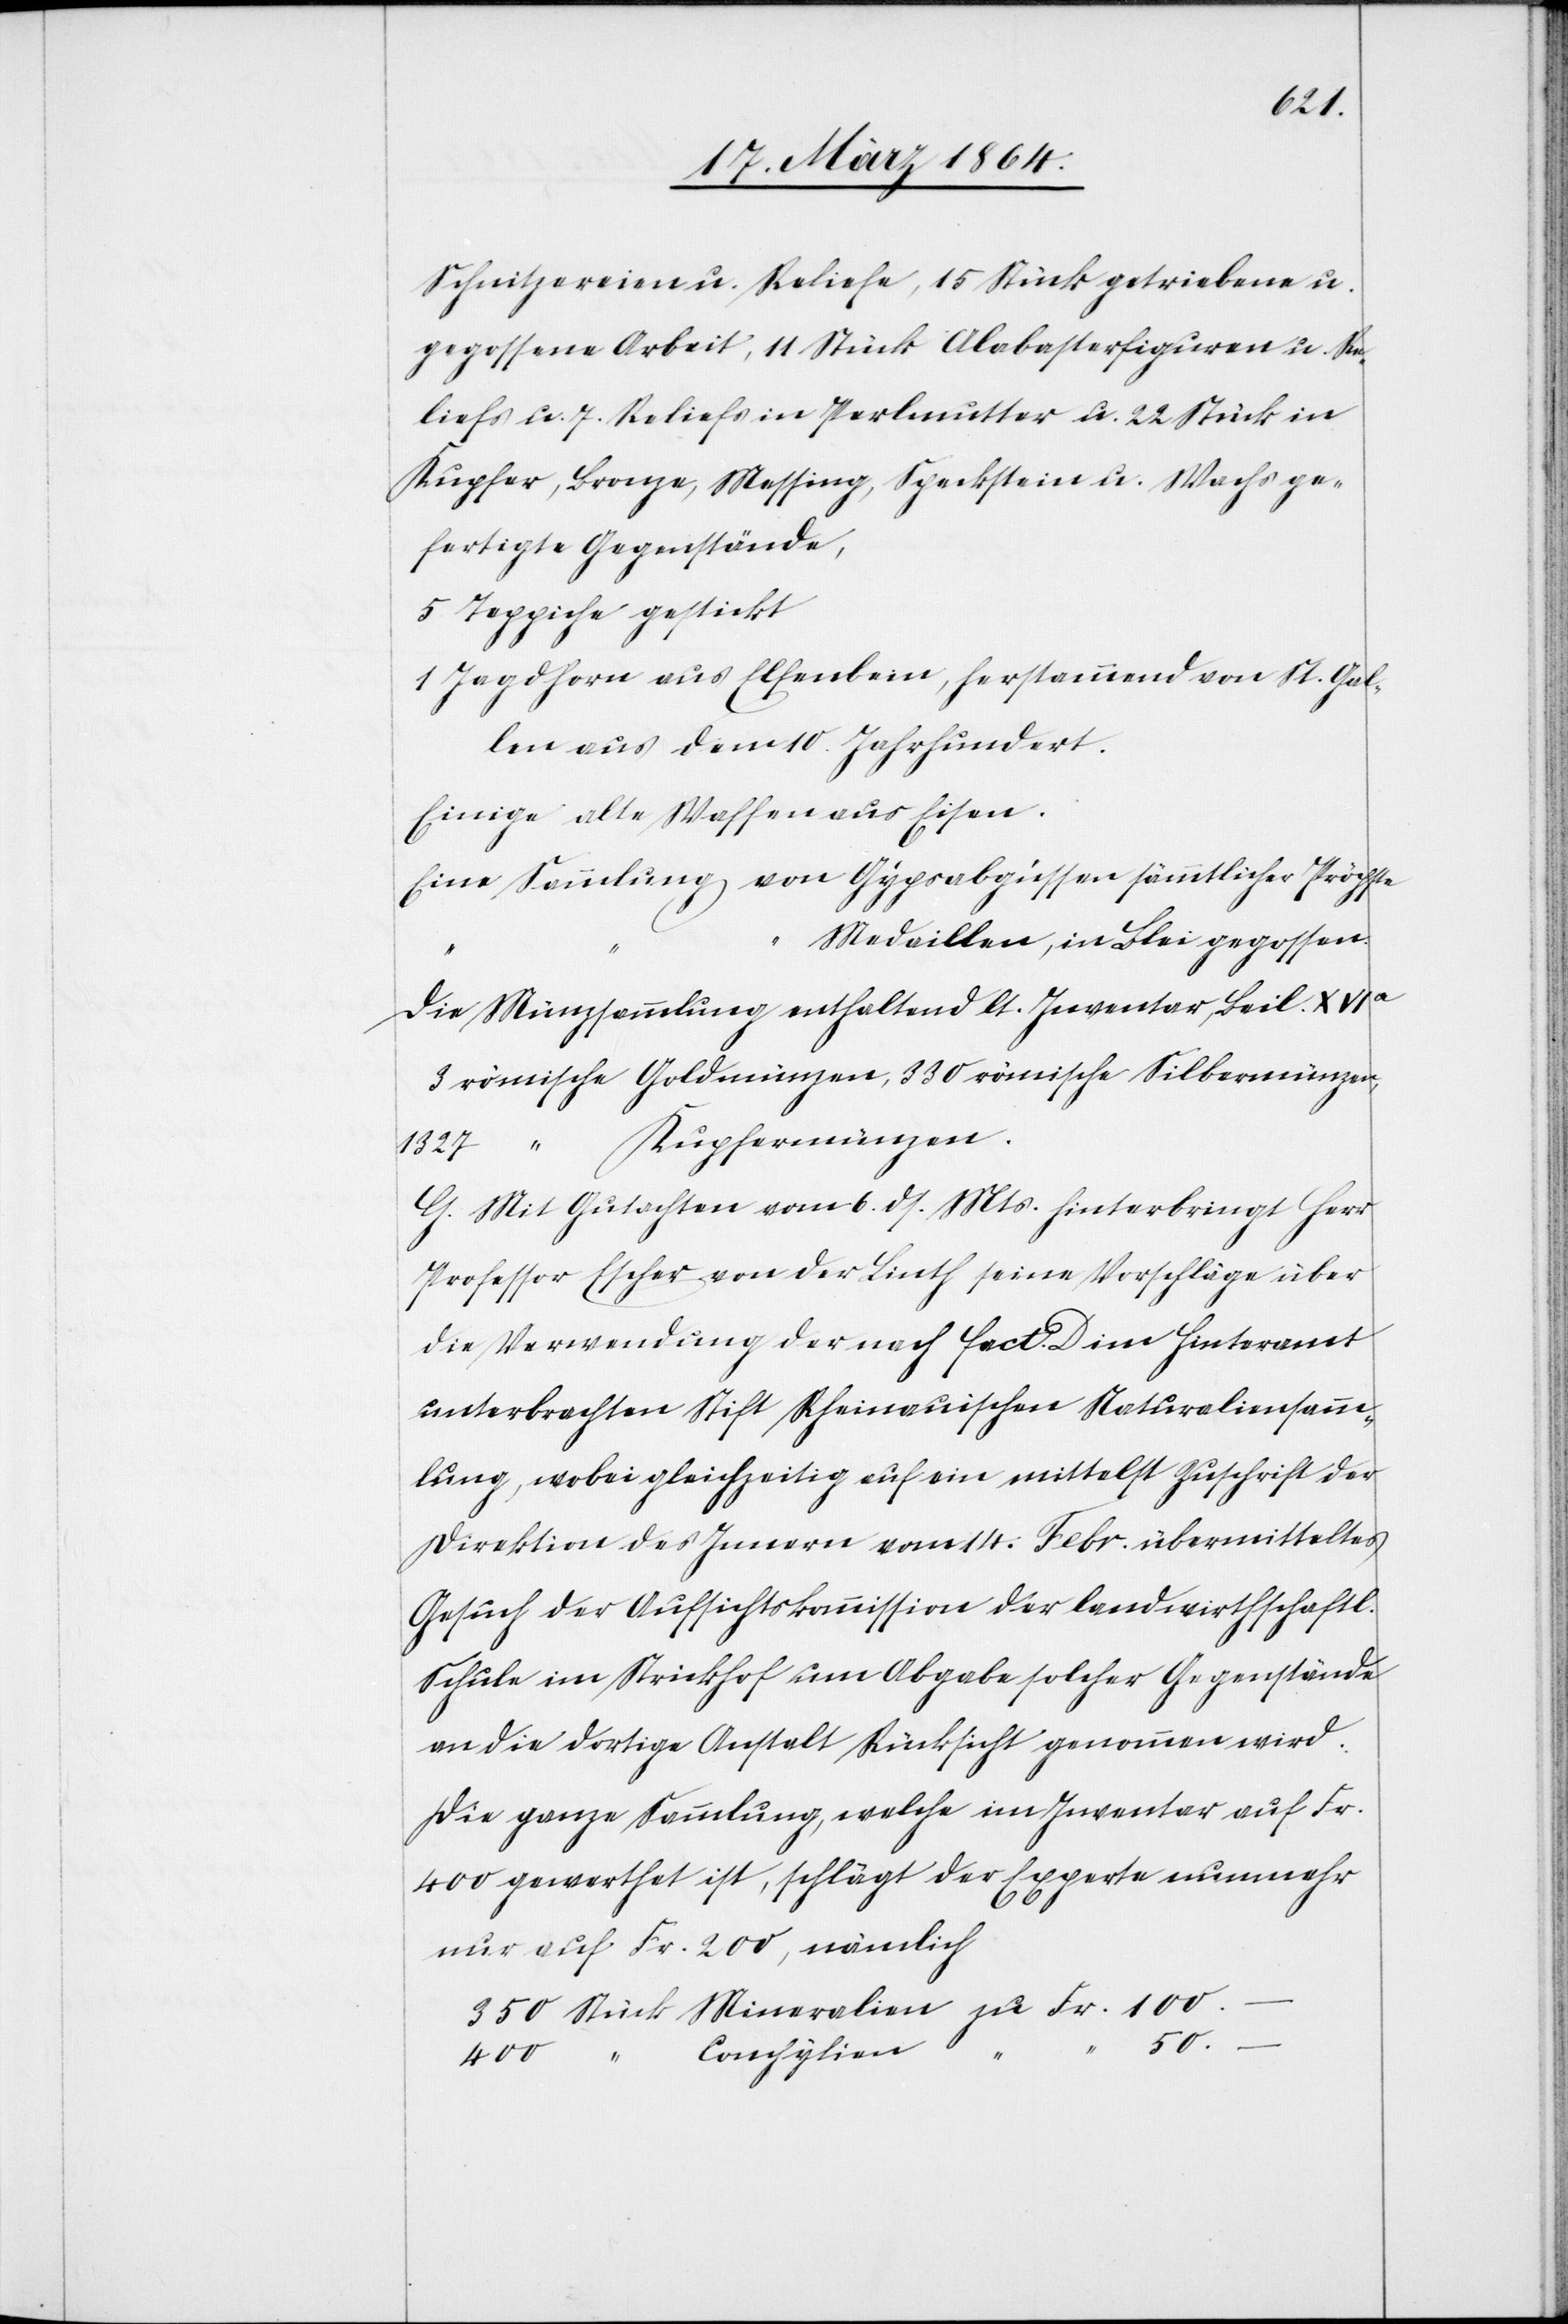
100.–
Schnitzereien u. Reliefe, 15 Stück getriebene u.
gegossene Arbeit, 11 Stück Alabasterfiguren u. Re¬
liefs u. 7. Reliefs in Perlmutter u. 22 Stück in
Kupfer, Bronze, Messing, Speckstein u. Wachs ge¬
fertigte Gegenstände,
5 Teppiche gestickt
1 Jagdhorn aus Elfenbein, herstammend von St. Gal¬
len aus dem 10. Jahrhundert.
Einige alte Waffen aus Eisen.
Eine Sammlung von Gypsabgüssen sämmtlicher Pröpste
Medaillen, in Blei gegossen.
Die Münzsammlung enthaltend lt. Inventar, Beil. XVIa
3 römische Goldmünzen, 330 römische Silbermünzen,
“ Kupfermünzen.
1327
G. Mit Gutachten vom 6. ds. Mts. hinterbringt Herr
Professor Escher von der Linth seine Vorschläge über
die Verwendung der nach fact. D. im Hinteramt
unterbrachten Stift Rheinauischen Naturaliensamm¬
lung, wobei gleichzeitig auf ein mittelst Zuschrift der
Direktion des Innern vom 14. Febr. übermitteltes
Gesuch der Aufsichtskommission der landwirthschaftl.
Schule im Strickhof um Abgabe solcher Gegenstände
an die dortige Anstalt Rücksicht genommen wird.
Die ganze Sammlung, welche im Inventar auf Fr.
400 gewerthet ist, schlägt der Experte nunmehr
nur auf Fr. 200, nämlich
400
“
Conchylien